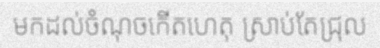
មកដល់ចំណុចកើតហេតុ ស្រាប់តែជ្រុល